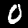
Label: 0